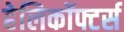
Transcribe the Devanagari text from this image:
हेलिकॉफ्टर्स